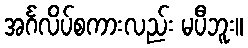
အင်္ဂလိပ်စကားလည်း မပီဘူး။